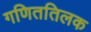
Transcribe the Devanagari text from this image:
गणिततिलक